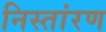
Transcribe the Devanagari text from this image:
निस्तांरण